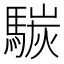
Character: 𩤧